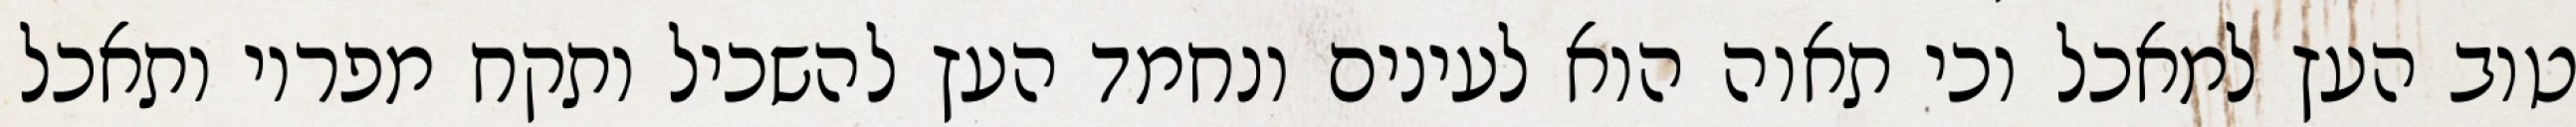
טוב העץ למאכל וכי תאוה הוא לעינים ונחמד העץ להשכיל ותקח מפריו ותאכל